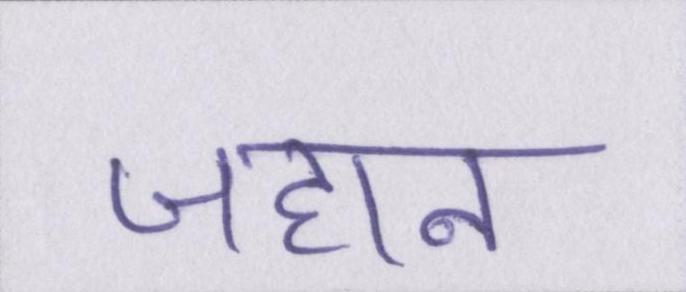
जहान